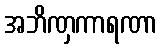
အဘိဏှကာရဏာ